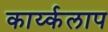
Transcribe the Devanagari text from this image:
कार्य्कलाप